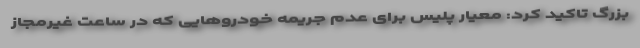
بزرگ تاکید کرد: معیار پلیس برای عدم جریمه خودروهایی که در ساعت غیرمجاز